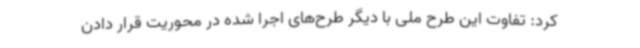
کرد: تفاوت این طرح ملی با دیگر طرح‌های اجرا شده در محوریت قرار دادن